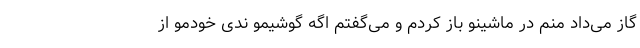
گاز می‌داد منم در ماشینو باز کردم و می‌گفتم اگه گوشیمو ندی خودمو از